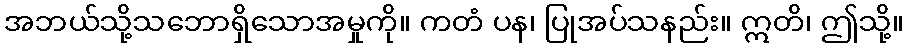
အဘယ်သို့သဘောရှိသောအမှုကို။ ကတံ ပန၊ ပြုအပ်သနည်း။ ဣတိ၊ ဤသို့။